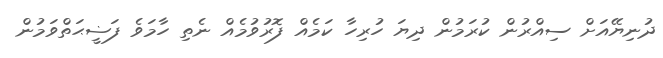
ދުނިޔޭއަށް ސިއްރުން ކުރަމުން ދިޔަ ހުރިހާ ކަމެއް ފޮރުވުމެއް ނެތި ހާމަވެ ފަޟީޙަތްވަމުން